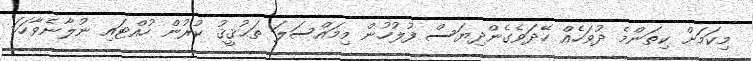
މިކަމަށް ކިތަންމެ ދުވަހެއް ހޭދަވެގެންދިޔަސް ފުލުހުން މިމައްސަލަ ތަޙުޤީޤު ކުރުން ހުއްޓައި ނުލާނެވާހަކަ